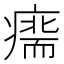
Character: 𤹢